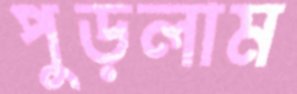
পুড়লাম